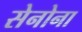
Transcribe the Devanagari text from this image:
सेनोना